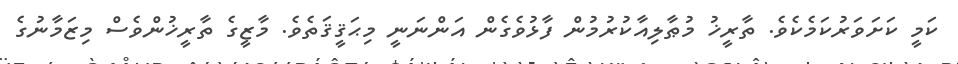
ކަމީ ކަށަވަރުކަމެކެވެ. ތާރީޚު މުޠާލިއާކުރުމުން ފާޅުވެގެން އަންނަނީ މިޙަޤީޤަތެވެ. މާޒީގެ ތާރީޚުންވެސް މިޒަމާނުގެ